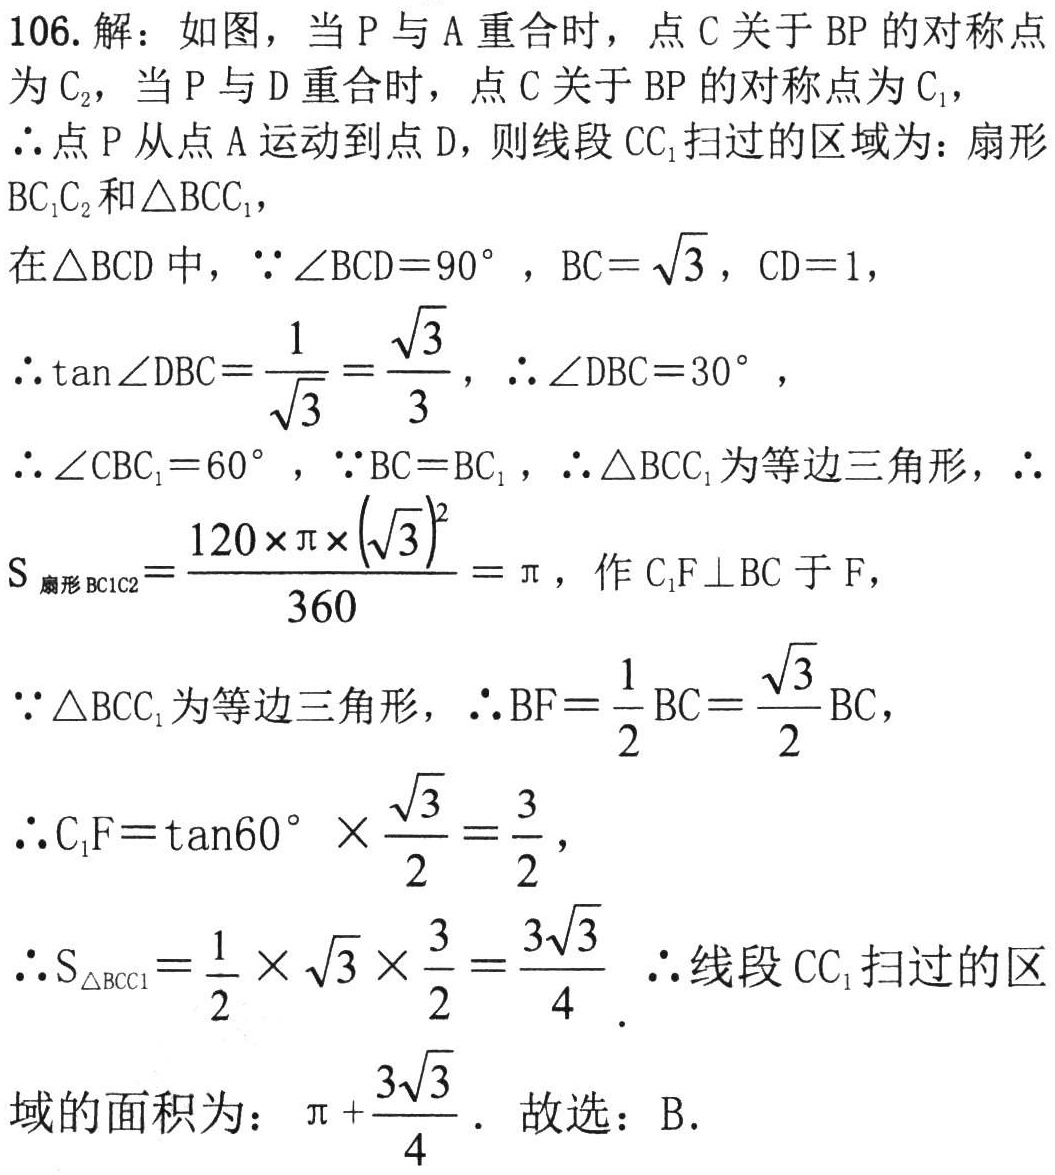
106. 解：如图，当\(P\)与\(A\)重合时，点\(C\)关于\(BP\)的对称点为
\(C_{2}\)，当\(P\)与\(D\)重合时，点\(C\)关于\(BP\)的对称点为\(C_{1}\)，
\(\therefore\)点\(P\)从点\(A\)运动到点\(D\)，则线段\(CC_{1}\)扫过的区域为：扇形
\(BC_{1}C_{2}\)和\(\triangle BCC_{1}\)，
在\(\triangle BCD\)中，\(\because\angle BCD = 90^{\circ}\)，\(BC=\sqrt{3}\)，\(CD = 1\)，
\(\therefore\tan\angle DBC=\dfrac{1}{\sqrt{3}}=\dfrac{\sqrt{3}}{3}\)，\(\therefore\angle DBC = 30^{\circ}\)，
\(\therefore\angle CBC_{1}=60^{\circ}\)，\(\because BC = BC_{1}\)，\(\therefore\triangle BCC_{1}\)为等边三角形，\(\therefore\)
\(S_{扇形BC_{1}C_{2}}=\dfrac{120\times\pi\times(\sqrt{3})^{2}}{360}=\pi\)，作\(C_{1}F\perp BC\)于\(F\)，
\(\because\triangle BCC_{1}\)为等边三角形，\(\therefore BF=\dfrac{1}{2}BC=\dfrac{\sqrt{3}}{2}BC\)，
\(\therefore C_{1}F=\tan60^{\circ}\times\dfrac{\sqrt{3}}{2}=\dfrac{3}{2}\)，
\(\therefore S_{\triangle BCC_{1}}=\dfrac{1}{2}\times\sqrt{3}\times\dfrac{3}{2}=\dfrac{3\sqrt{3}}{4}\)  \(\therefore\)线段\(CC_{1}\)扫过的区
域的面积为：\(\pi+\dfrac{3\sqrt{3}}{4}\)．故选：B．